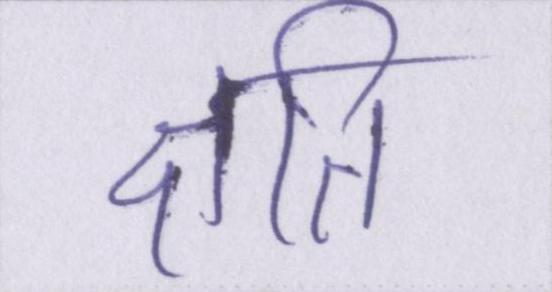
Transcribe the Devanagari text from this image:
क्षति